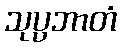
သုပ္ပဘာတံ